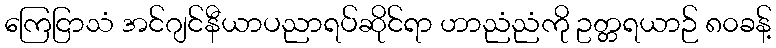
ကြေငြာသံ အင်ဂျင်နီယာပညာရပ်ဆိုင်ရာ ဟာညံညံကို ဥတ္တရယာဉ် ၈၀ခန့်